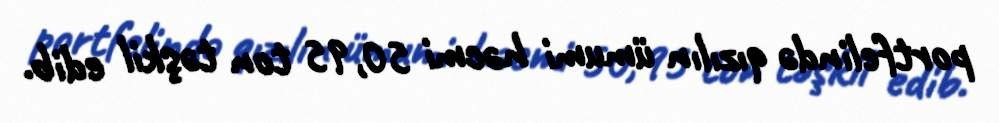
portfelində qızılın ümumi həcmi 50,95 ton təşkil edib.